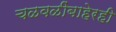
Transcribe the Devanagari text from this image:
चळवळींबाहेरही